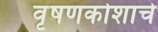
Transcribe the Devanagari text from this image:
वृषणकोशाचे